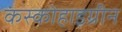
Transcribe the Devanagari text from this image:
कस्कोहाइग्रीन